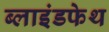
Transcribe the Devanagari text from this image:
ब्लाइंडफेथ